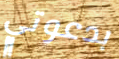
بدعوتي